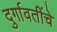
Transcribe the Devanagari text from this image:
दुर्गावतींचे